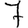
Digit: 7